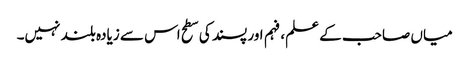
میاں صاحب کے علم، فہم اور پسند کی سطح اس سے زیادہ بلند نہیں۔